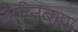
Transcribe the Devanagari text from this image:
अग्‍निबाण